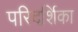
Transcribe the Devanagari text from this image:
परिदर्शिका